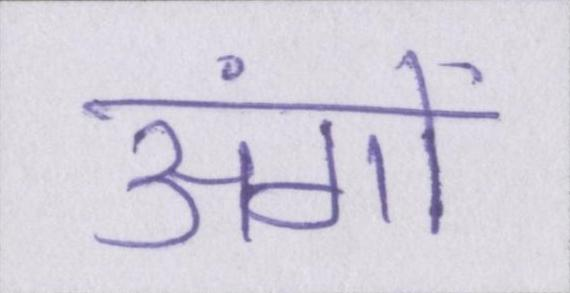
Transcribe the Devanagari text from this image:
अंगों